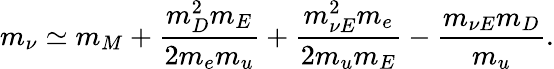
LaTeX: m_{\nu}\simeq m_{M}+{\frac{m_{D}^{2}m_{E}}{2m_{e}m_{u}}}+{\frac{m_{\nu E}^{2}m_{e}}{2m_{u}m_{E}}}-{\frac{m_{\nu E}m_{D}}{m_{u}}}.